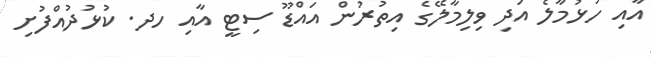
އާއި ހުޅުމާލެ އަދި ވިލިމާލޭގެ އިތުރުން އައްޑޫ ސިޓީ އާއި ހދ. ކުޅުދުއްފުށި